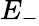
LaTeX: E_{-}